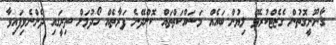
ޤާނޫނީގޮތުން ގެޒެޓްކުރެވޭ ލިޔުން ބައެއް މަސައްކަތްތައް ކޮށްދޭނެ ފަރާތެއް ހޯދުމަށް ތިރީގައި ދެންނެވިފައިވާ